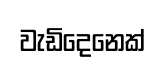
වැඩිදෙනෙක්